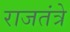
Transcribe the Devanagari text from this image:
राजतंत्रे